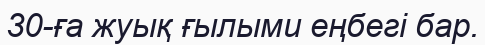
30-ға жуық ғылыми еңбегі бар.